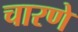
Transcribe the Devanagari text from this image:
चारणे